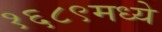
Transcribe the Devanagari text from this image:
१६८९मध्ये